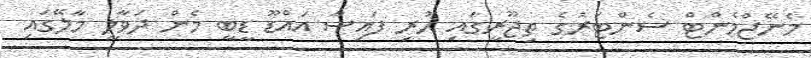
މެނޭޖްމެންޓް ސެންޓަރުގެ ތިޖޫރީގައި ހުރި ފައިސާ އައްޑޫ ޑީބީ މެން ދަވާލީ މާލޭގައި